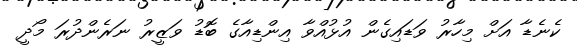
ކެނެޑާ އަށް މިހާރު ވަޑައިގެން އުޅުއްވާ އިންޑިއާގެ ބޮޑު ވަޒީރު ނަރެންދުރަ މޯދީ